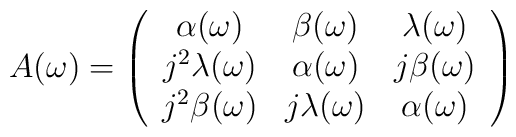
A(\omega )=\left( \begin{array}{ccc}\alpha (\omega ) & \beta (\omega ) & \lambda (\omega ) \\ j^2\lambda (\omega ) & \alpha (\omega ) & j\beta (\omega ) \\ j^2\beta (\omega ) & j\lambda (\omega ) & \alpha (\omega )\end{array}\right)